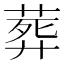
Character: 葬